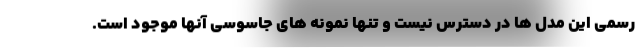
رسمی این مدل ها در دسترس نیست و تنها نمونه های جاسوسی آنها موجود است.